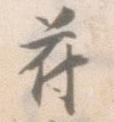
符